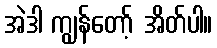
အဲဒါ ကျွန်တော့် အိတ်ပါ။